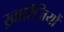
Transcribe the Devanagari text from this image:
ख़ारिजियों